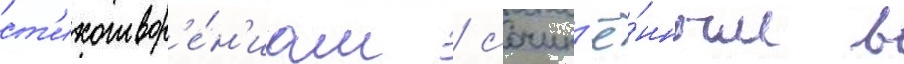
ст'ихотвор'е́н'иам / сочин'ё́нным в